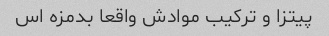
پیتزا و ترکیب موادش واقعا بدمزه اس